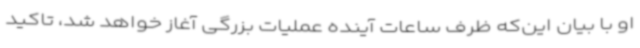
او با بیان این‌که ظرف ساعات آینده عملیات بزرگی آغاز خواهد شد، تاکید